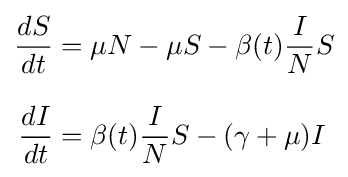
{\begin{aligned}{\frac {dS}{dt}}&=\mu N-\mu S-\beta (t){\frac {I}{N}}S\\[8pt]{\frac {dI}{dt}}&=\beta (t){\frac {I}{N}}S-(\gamma +\mu )I\end{aligned}}